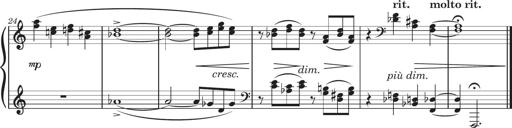
Title: Sonatine in 3 SÃ¤tzen
Composer: Gertrud Schweizer